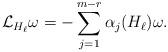
LaTeX: \begin{align*} \mathcal{L}_{H_\ell} \omega = -\sum_{j=1}^{m - r} \alpha_j (H_\ell) \omega.\end{align*}